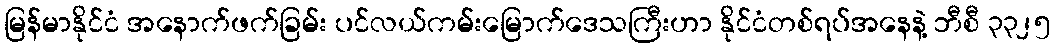
မြန်မာနိုင်ငံ အနောက်ဖက်ခြမ်း ပင်လယ်ကမ်းမြောက်ဒေသကြီးဟာ နိုင်ငံတစ်ရပ်အနေနဲ့ ဘီစီ ၃၃၂၅